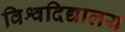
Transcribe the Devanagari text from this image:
विश्वदिद्यालय